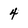
Character: 4